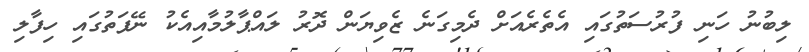
ލިބުނު ހަނި ފުރުސަތުގައި އެތެރެއަށް ދެމިގަނެ ޒެވިޔަން ދޮރު ލައްޕާލުމާއިއެކު ނޭފަތުގައި ހިފާލި